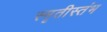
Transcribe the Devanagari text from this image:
स्मृतीस्तंभ